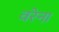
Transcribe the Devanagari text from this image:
वरेना